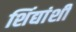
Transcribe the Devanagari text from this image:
शिंद्यांशी